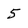
Character: 5